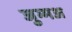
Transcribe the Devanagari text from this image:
जुम्मअ